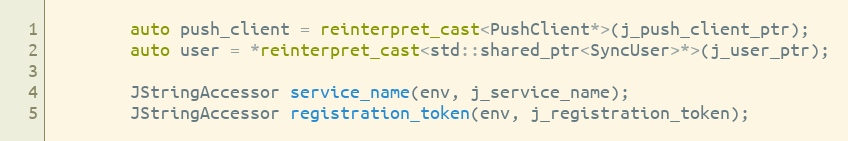
Language: C++
        auto push_client = reinterpret_cast<PushClient*>(j_push_client_ptr);
        auto user = *reinterpret_cast<std::shared_ptr<SyncUser>*>(j_user_ptr);

        JStringAccessor service_name(env, j_service_name);
        JStringAccessor registration_token(env, j_registration_token);